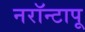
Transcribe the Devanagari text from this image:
नरॉन्टापू